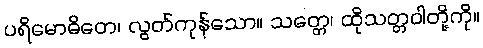
ပရိမောဓိတေ၊ လွတ်ကုန်သော။ သတ္တေ၊ ထိုသတ္တဝါတို့ကို။